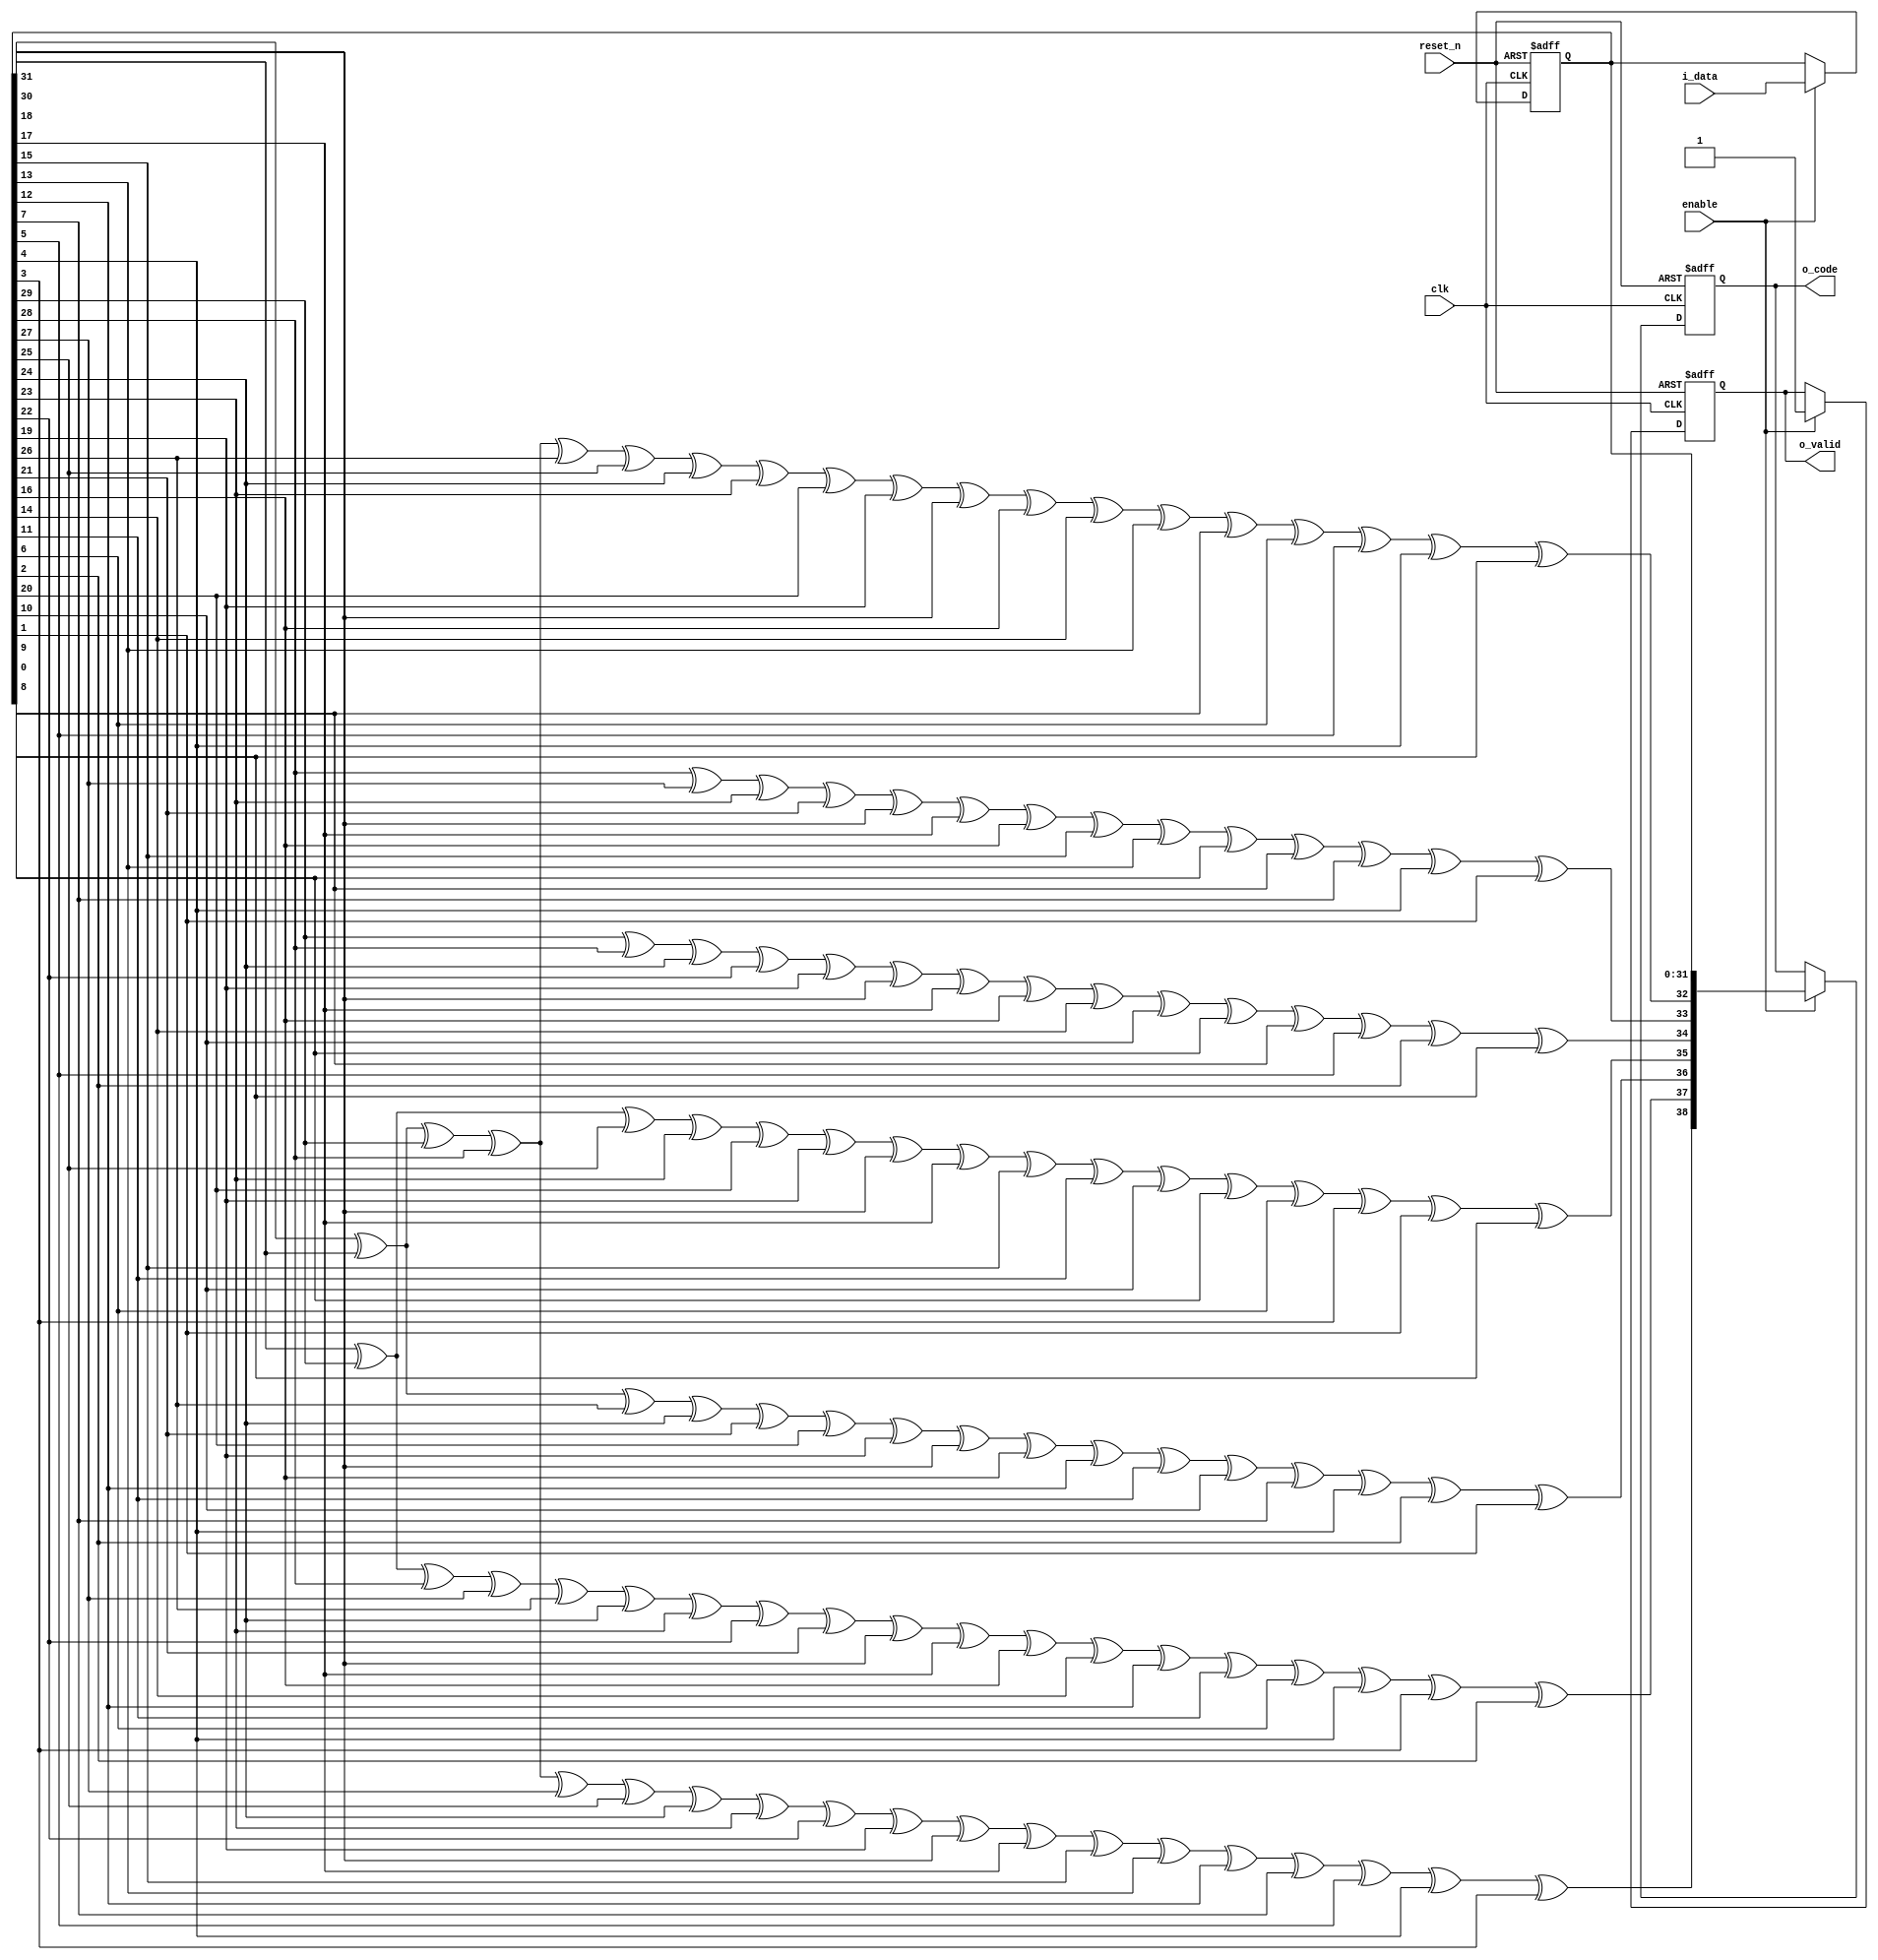
 
	module crc7_32_enc(
	clk,
	reset_n,
	enable,
	i_data,
	o_code,
	o_valid
	);

	//--- INPUT PORTS ---
	input clk;
	input reset_n;
	input enable;
	input [0:31] i_data;

	//----OUTPUT PORTS----
	output [0:38] o_code;
	output o_valid;

	//---INTERNAL SIGNALS --
	reg [0:31] datareg ; // OPTIONAL  input register 
	reg o_valid;
	reg [0:38] o_code;

	// reg enreg; 
	wire [0:6] par ;//parity (check bits) 
	
assign par[0] = datareg[0] ^ datareg[1] ^ datareg[2] ^ datareg[3] ^ datareg[4] ^ datareg[6] ^ datareg[7] ^ datareg[8] ^ datareg[9] ^ datareg[12] ^ datareg[13] ^ datareg[14] ^ datareg[16] ^ datareg[18] ^ datareg[19] ^ datareg[24] ^ datareg[26] ^ datareg[27] ^ datareg[28];
assign par[1] = datareg[1] ^ datareg[2] ^ datareg[3] ^ datareg[4] ^ datareg[5] ^ datareg[7] ^ datareg[8] ^ datareg[9] ^ datareg[10] ^ datareg[13] ^ datareg[14] ^ datareg[15] ^ datareg[17] ^ datareg[19] ^ datareg[20] ^ datareg[25] ^ datareg[27] ^ datareg[28] ^ datareg[29];
assign par[2] = datareg[0] ^ datareg[1] ^ datareg[5] ^ datareg[7] ^ datareg[10] ^ datareg[11] ^ datareg[12] ^ datareg[13] ^ datareg[15] ^ datareg[19] ^ datareg[20] ^ datareg[21] ^ datareg[24] ^ datareg[27] ^ datareg[29] ^ datareg[30];
assign par[3] = datareg[1] ^ datareg[2] ^ datareg[6] ^ datareg[8] ^ datareg[11] ^ datareg[12] ^ datareg[13] ^ datareg[14] ^ datareg[16] ^ datareg[20] ^ datareg[21] ^ datareg[22] ^ datareg[25] ^ datareg[28] ^ datareg[30] ^ datareg[31];
assign par[4] = datareg[2] ^ datareg[3] ^ datareg[7] ^ datareg[9] ^ datareg[12] ^ datareg[13] ^ datareg[14] ^ datareg[15] ^ datareg[17] ^ datareg[21] ^ datareg[22] ^ datareg[23] ^ datareg[26] ^ datareg[29] ^ datareg[31];
assign par[5] = datareg[3] ^ datareg[4] ^ datareg[8] ^ datareg[10] ^ datareg[13] ^ datareg[14] ^ datareg[15] ^ datareg[16] ^ datareg[18] ^ datareg[22] ^ datareg[23] ^ datareg[24] ^ datareg[27] ^ datareg[30];
assign par[6] = datareg[0] ^ datareg[1] ^ datareg[2] ^ datareg[3] ^ datareg[5] ^ datareg[6] ^ datareg[7] ^ datareg[8] ^ datareg[11] ^ datareg[12] ^ datareg[13] ^ datareg[15] ^ datareg[17] ^ datareg[18] ^ datareg[23] ^ datareg[25] ^ datareg[26] ^ datareg[27] ^ datareg[31];



		//------ GET INPUT ----
	//---------------------------

	always @(posedge clk or negedge reset_n) begin
		if (~reset_n) 
			datareg <= 0 ;

		else if (enable) 
			datareg <= i_data;
		
	end

	//--------Code is generated 1 cycle after input is registered 
	//----------------------------------------------

	always @(posedge clk or negedge reset_n) begin
		if (~reset_n) begin
			o_code  <= 0;
			o_valid <= 0;
		end	
		else if (enable) begin 
			o_code <= {par,datareg}; 
			// prepending check bits 
			o_valid <= 1 ;
		end
	 
				
		
	end




	endmodule 
	//---- end of file -----//